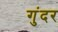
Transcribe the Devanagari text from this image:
गुंदर